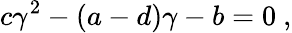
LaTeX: c\gamma^{2}-(a-d)\gamma-b=0\ ,